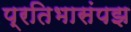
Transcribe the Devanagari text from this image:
प्रतिभासंपझ